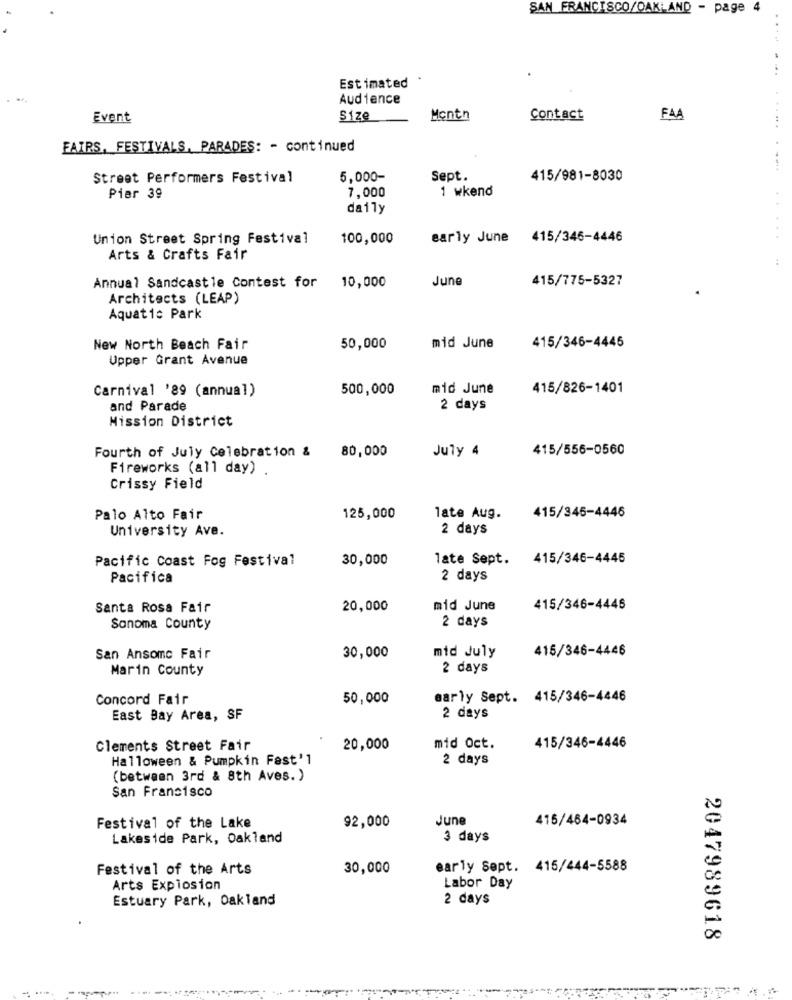
SAN FRANCISCO/OAKLAND - page 4
Estimated
Audience
Event
Size
Montn
Contact
FAA
FAIRS, FESTIVALS, PARADES: - continued
Street Performers Festival
5,000-
Sept.
415/981-8030
7,000
1 wkend
Pier 39
daily
Union Street Spring Festival
100,000
early June 415/346-4446
Arts & Crafts Fair
Annual Sandcastle Contest for
June
415/775-5327
10,000
Architects (LEAP)
Aquatic Park
415/346-4446
New North Beach Fair
50,000
mid June
Upper Grant Avenue
Carnival '89 (annual)
500,000
mid June
415/826-1401
and Parade
2 days
Mission District
Fourth of July Celebration &
415/556-0560
80,000
July 4
Fireworks (all day)
Crissy Field
Palo Alto Fair
125,000
late Aug.
415/346-4446
University Ave.
2 days
Pacific Coast Fog Festival
30,000
late Sept.
415/346-4445
Pacifica
2 days
Santa Rosa Fair
20,000
mid June
415/346-4445
Sonoma County
2 days
mid July
415/346-4446
San Ansomc Fair
30,000
Marin County
2 days
Concord Fair
50,000
early Sept. 415/346-4446
East Bay Area, SF
2 days
415/346-4446
Clements Street Fair
20,000
mid Oct.
Halloween & Pumpkin Fast'1
2 days
(between 3rd & 8th Aves. )
San Francisco
92,000
June
415/464-0934
Festival of the Lake
Lakeside Park, Oakland
3 days
Festival of the Arts
30,000
early Sept. 415/444-5588
Arts Explosion
Labor Day
Estuary Park, Oakland
2 days
2047989618